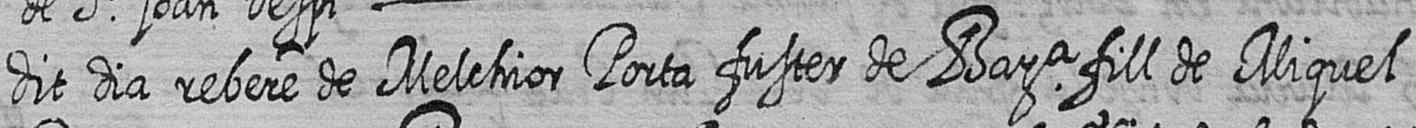
dit dia rebere de Melchior Porta fuster de Bara fill de Miquel